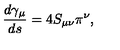
\frac { d \gamma _ { \mu } } { d s } = 4 S _ { \mu \nu } \pi ^ { \nu } ,